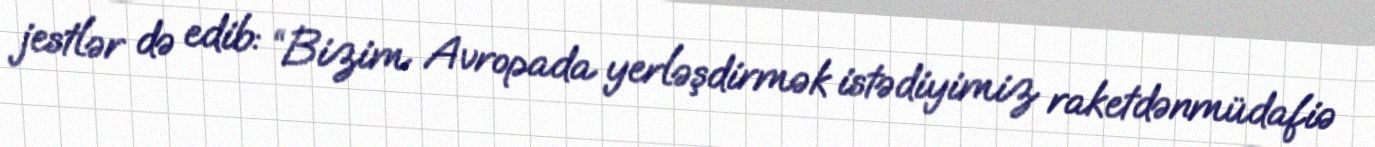
jestlər də edib: “Bizim Avropada yerləşdirmək istədiyimiz raketdənmüdafiə